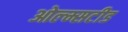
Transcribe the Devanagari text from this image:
ओल्म्सटीड